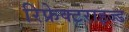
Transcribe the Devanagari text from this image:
रिफ्रेक्टराइज्ड